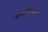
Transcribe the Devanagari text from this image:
जनजातिविज्ञानच